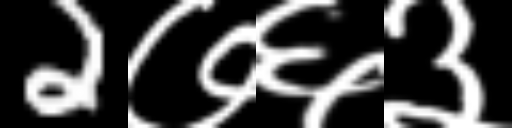
Text: 2७६३